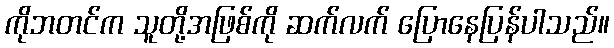
ကိုဘတင်က သူတို့အဖြစ်ကို ဆက်လက် ပြောနေပြန်ပါသည်။